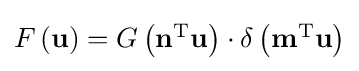
{\textstyle F\left(\mathbf {u} \right)=G\left(\mathbf {n} ^{\mathrm {T} }\mathbf {u} \right)\cdot \delta \left(\mathbf {m} ^{\mathrm {T} }\mathbf {u} \right)}